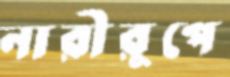
নারীরূপে